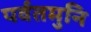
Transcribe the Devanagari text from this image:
पर्वतमुनि